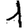
Digit: 1